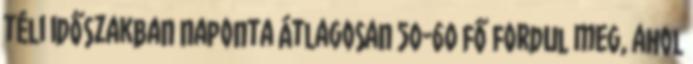
téli időszakban naponta átlagosan 50-60 fő fordul meg, ahol